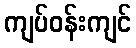
ကျပ်ဝန်းကျင်